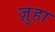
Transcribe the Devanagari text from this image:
ज़ुहा